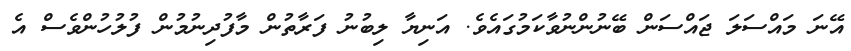
އޭނަ މައްސަލަ ޖައްސަން ބޭނުންނުވާކަމުގައެވެ. އަނިޔާ ލިބުނު ފަރާތުން މާފުދިނުމުން ފުލުހުންވެސް އެ